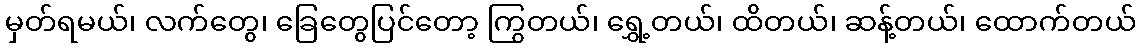
မှတ်ရမယ်၊ လက်တွေ၊ ခြေတွေပြင်တော့ ကြွတယ်၊ ရွှေ့တယ်၊ ထိတယ်၊ ဆန့်တယ်၊ ထောက်တယ်